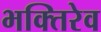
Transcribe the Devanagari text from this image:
भक्तिरेव